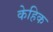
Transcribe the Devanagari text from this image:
केहिक